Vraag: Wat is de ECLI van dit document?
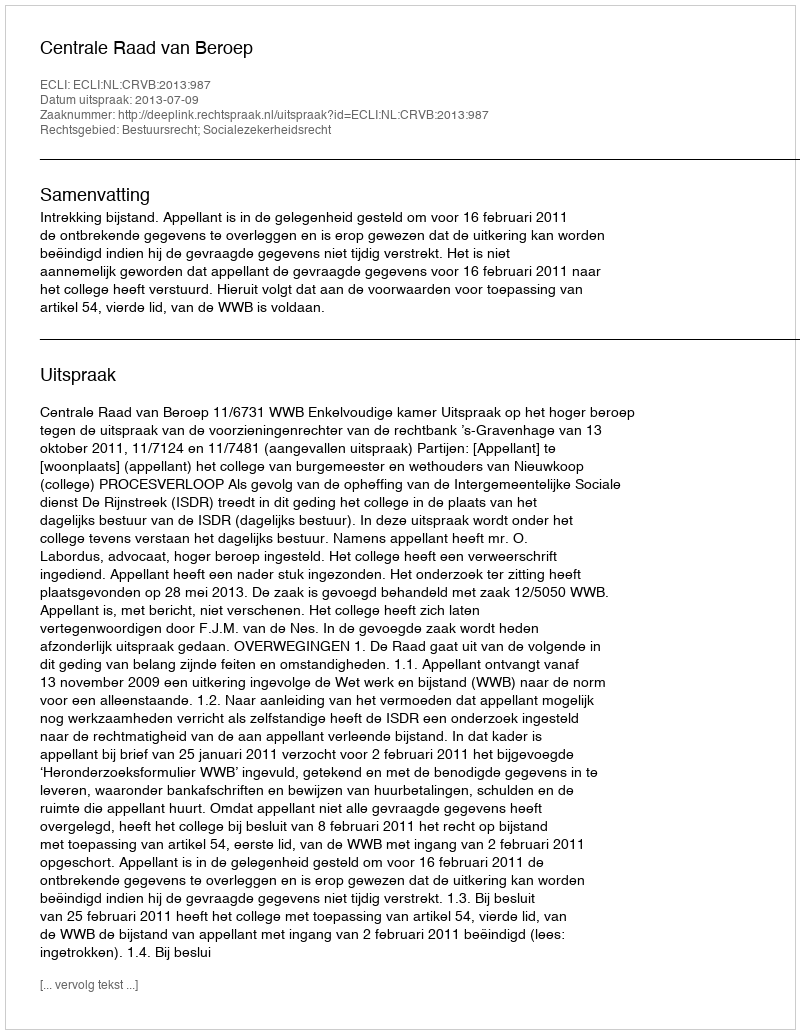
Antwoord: ECLI:NL:CRVB:2013:987